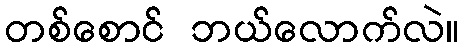
တစ်စောင် ဘယ်လောက်လဲ။